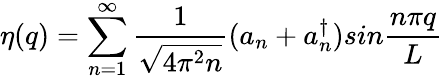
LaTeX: \eta(q)=\sum_{n=1}^{\infty}{\frac{1}{\sqrt{4\pi^{2}n}}}(a_{n}+a_{n}^{\dagger})sin{\frac{n\pi q}{L}}